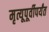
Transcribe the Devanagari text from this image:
मृत्यूपूर्वीपर्यंत